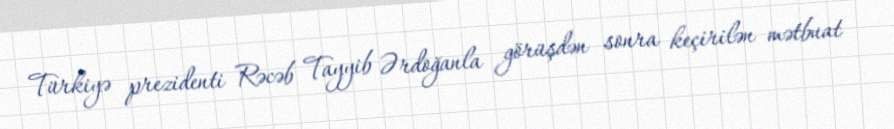
Türkiyə prezidenti Rəcəb Tayyib Ərdoğanla görüşdən sonra keçirilən mətbuat